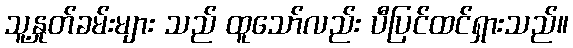
သူ့နှုတ်ခမ်းများ သည် ထူသော်လည်း ပီပြင်ထင်ရှားသည်။